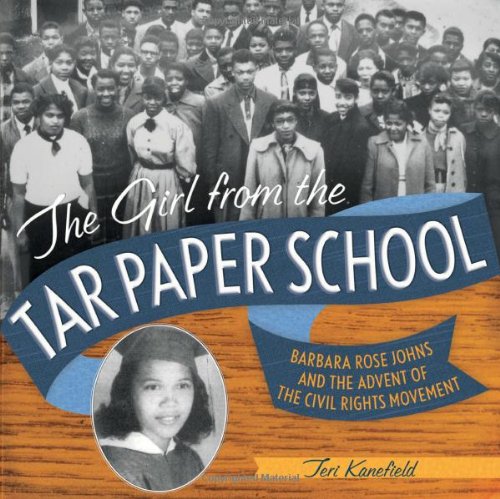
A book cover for The Girl from the Tar Paper School: Barbara Rose Johns and the Advent of the Civil Rights Movement; Teri Kanefield; Children's Books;